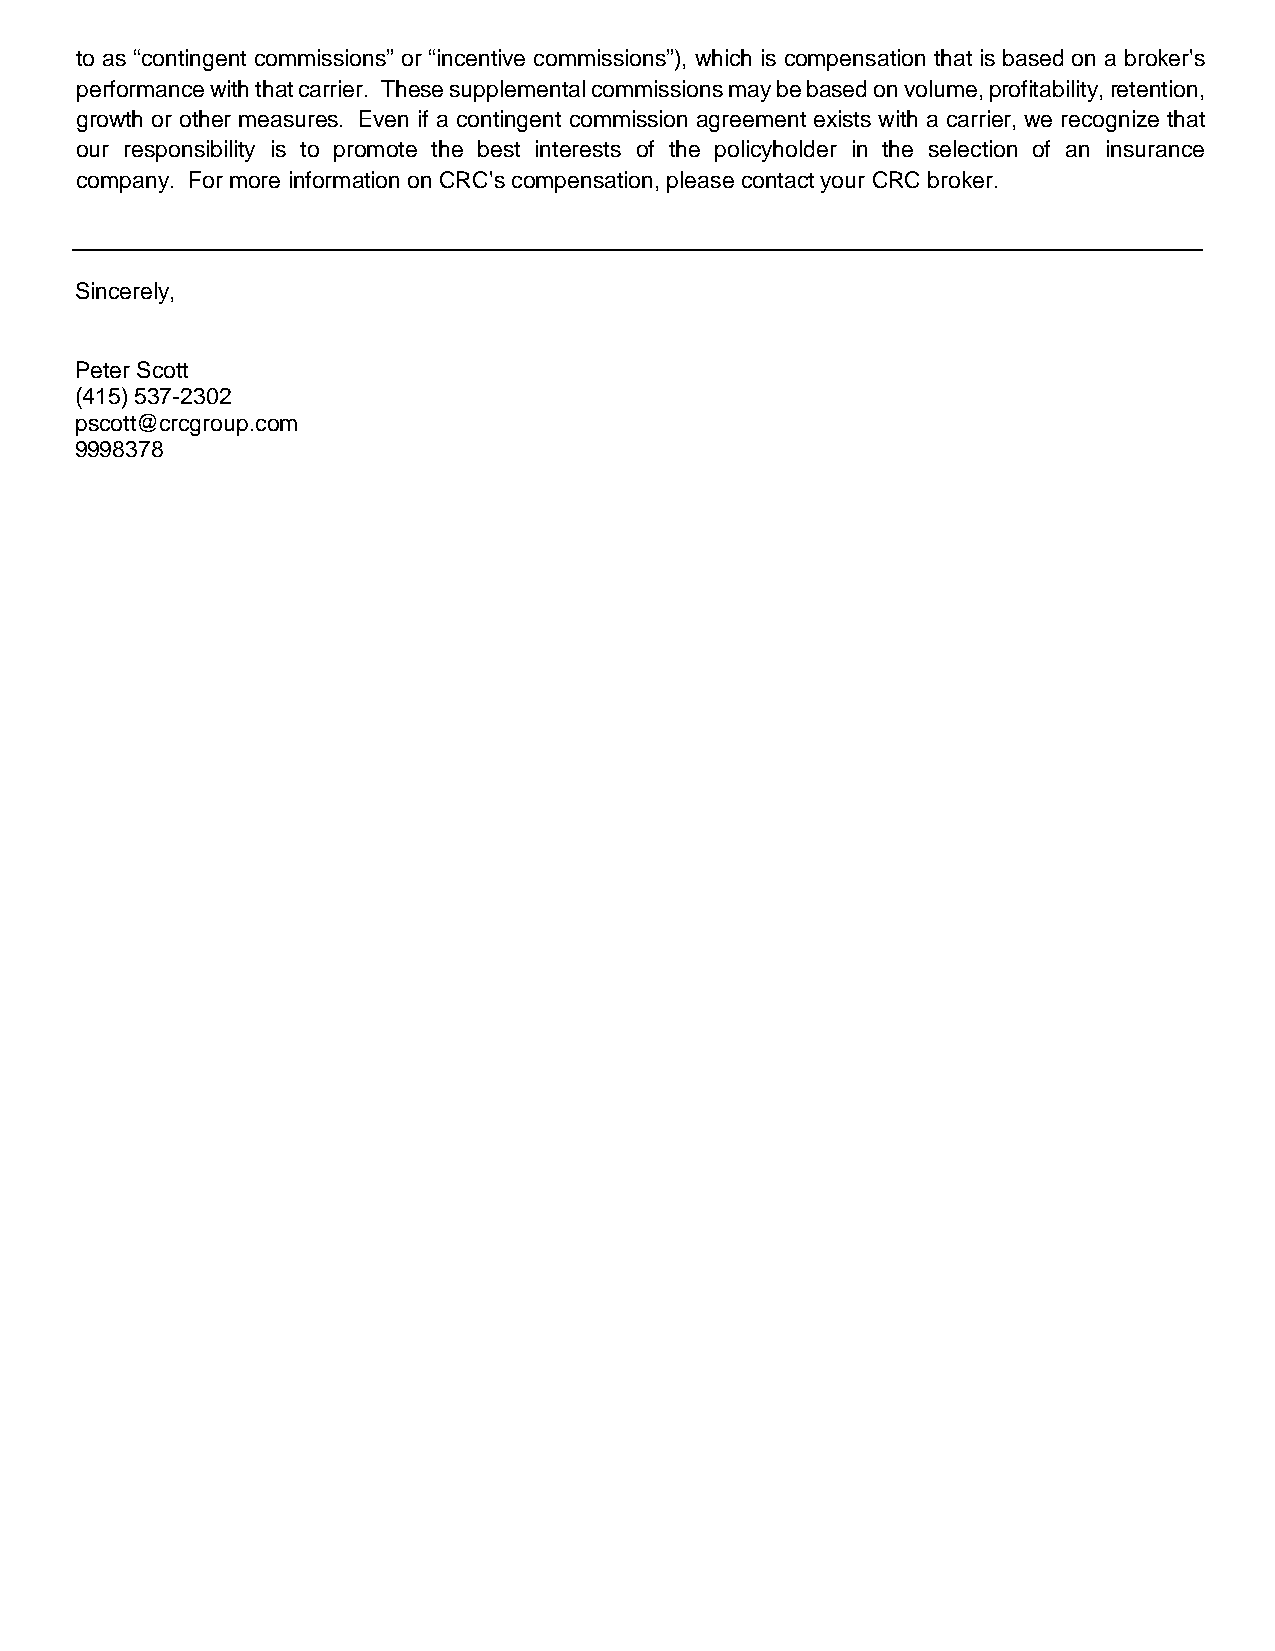
to as “contingent commissions” or “incentive commissions”), which is compensation that is based on a broker's
 performance with that carrier. These supplemental commissions may be based on volume, profitability, retention,
 growth or other measures. Even if a contingent commission agreement exists with a carrier, we recognize that
 our responsibility is to promote the best interests of the policyholder in the selection of an insurance
 company. For more information on CRC's compensation, please contact your CRC broker.
 Sincerely,
 Peter Scott
 (415) 537-2302
 pscott@crcgroup.com
 9998378